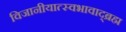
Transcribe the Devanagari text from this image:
विजानीयात्स्वभावाद्ब्रह्म